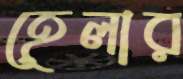
হেলার